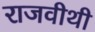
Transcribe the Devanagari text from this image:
राजवीथी